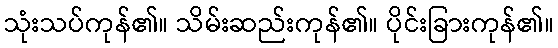
သုံးသပ်ကုန်၏။ သိမ်းဆည်းကုန်၏။ ပိုင်းခြားကုန်၏။